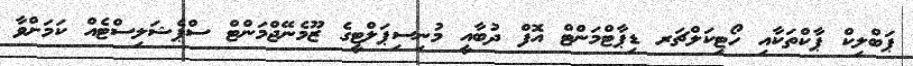
ޕަބްލިކް ޕާކްތަކާއި ހޯޓިކަލްޗަރ ޑިޕާޓްމަންޓް އޮފް ދުބާއީ މުނިސިޕަލްޓީގެ ޒޫމެނޭޖްމަންޓް ސްޕެޝަލިސްޓެއް ކަމަށްވާ